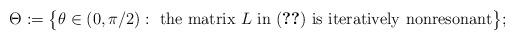
LaTeX: \begin{align*} \Theta := \big\{ \theta \in (0,\pi/2):\ {\rm the\ matrix}\ L\ {\rm in}\ (\ref{rot})\ {\rm is\ iteratively\ nonresonant} \big\};\end{align*}